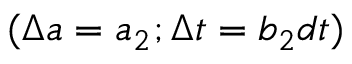
( \Delta a = a _ { 2 } ; \Delta t = b _ { 2 } d t )